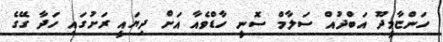
ހަންޏާމީދޫ އަބްދުއް ސަލާމް ސޮނީ ހާޑްވެއާ އަށް ދިޔައީ ރަށުގައި ހަދާ ގޭގެ